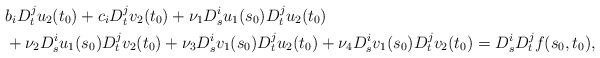
\begin{align*}& b_i D_t^j u_2(t_0) + c_i D_t^j v_2(t_0) + \nu_1 D_s^i u_1(s_0) D_t^j u_2(t_0) \\& + \nu_2 D_s^i u_1(s_0) D_t^j v_2(t_0) + \nu_3 D_s^i v_1(s_0) D_t^j u_2(t_0) + \nu_4 D_s^i v_1(s_0) D_t^j v_2(t_0) = D_s^i D_t^j f(s_0,t_0),\end{align*}